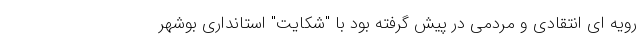
رویه ای انتقادی و مردمی در پیش گرفته بود با "شکایت" استانداری بوشهر